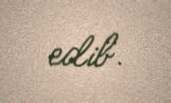
edib.